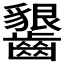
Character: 𱌦